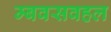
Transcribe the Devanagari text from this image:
म्बवसवहल